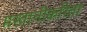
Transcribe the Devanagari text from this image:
मस्तानीकरिता